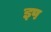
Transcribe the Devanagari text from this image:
इप